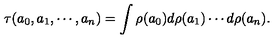
\tau ( a _ { 0 } , a _ { 1 } , \cdots , a _ { n } ) = \int \rho ( a _ { 0 } ) d \rho ( a _ { 1 } ) \cdots d \rho ( a _ { n } ) .